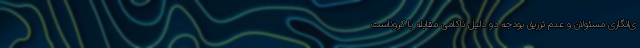
ی‌انگاری مسئولان و عدم تزریق بودجه دو دلیل ناکامی مقابله با کروناست